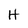
Character: H